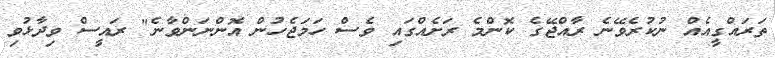
ތަރައްގީއެއް ނުކުރެވޭނެ ރާއްޖޭގެ ކޮންމެ ރަށެއްގައި ވެސް ހަމަޖެހުން އޮންނަންވާނެ" ރައީސް ވިދާޅުވި